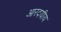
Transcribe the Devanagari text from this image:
आरदयीय